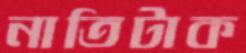
নাতিটাক